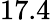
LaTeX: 17.4